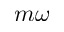
m \omega